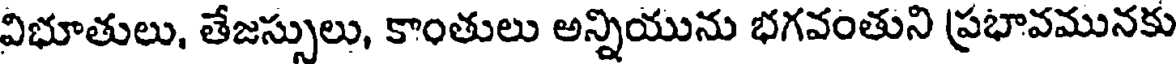
విభూతులు, తేజస్సులు, కాంతులు అన్నియును భగవంతుని ప్రభావమునకు